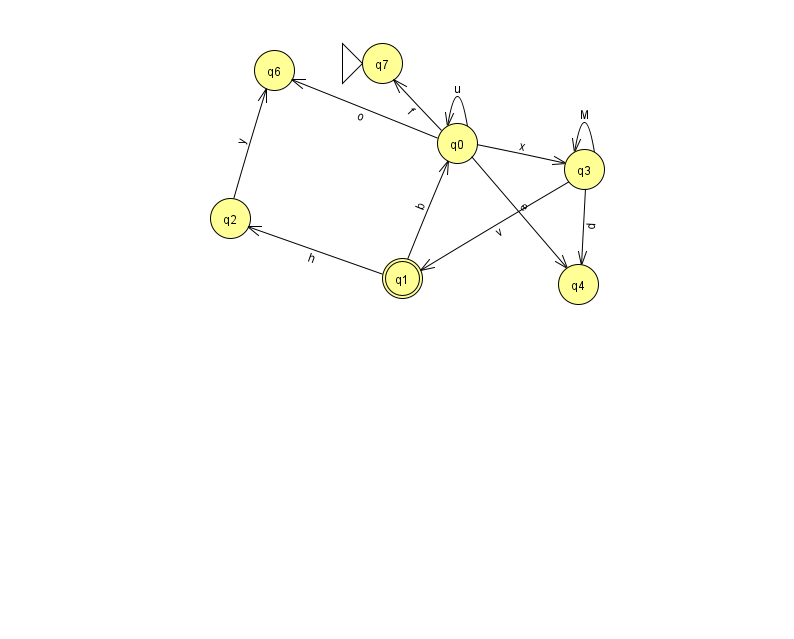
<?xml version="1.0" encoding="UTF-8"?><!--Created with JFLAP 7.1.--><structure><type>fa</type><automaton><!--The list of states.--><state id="0" name="q0"><x>457.0</x><y>130.0</y></state><state id="1" name="q1"><x>402.0</x><y>265.0</y><final/></state><state id="2" name="q2"><x>230.0</x><y>205.0</y></state><state id="3" name="q3"><x>584.0</x><y>156.0</y></state><state id="4" name="q4"><x>578.0</x><y>271.0</y></state><state id="6" name="q6"><x>274.0</x><y>57.0</y></state><state id="7" name="q7"><x>382.0</x><y>50.0</y><initial/></state><!--The list of transitions.--><transition><from>0</from><to>3</to><read>x</read></transition><transition><from>3</from><to>4</to><read>d</read></transition><transition><from>3</from><to>1</to><read>v</read></transition><transition><from>0</from><to>0</to><read>u</read></transition><transition><from>1</from><to>2</to><read>h</read></transition><transition><from>0</from><to>4</to><read>e</read></transition><transition><from>2</from><to>6</to><read>y</read></transition><transition><from>0</from><to>6</to><read>o</read></transition><transition><from>0</from><to>7</to><read>f</read></transition><transition><from>3</from><to>3</to><read>M</read></transition><transition><from>1</from><to>0</to><read>b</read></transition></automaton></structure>